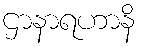
ဌာနာရဟာနိ